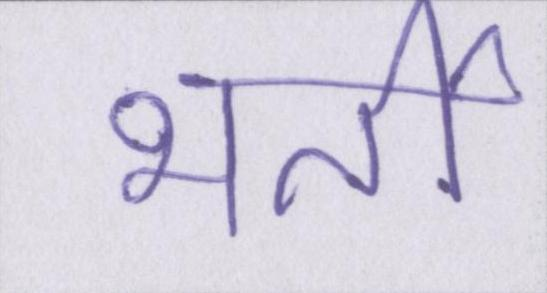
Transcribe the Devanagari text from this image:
भर्ती